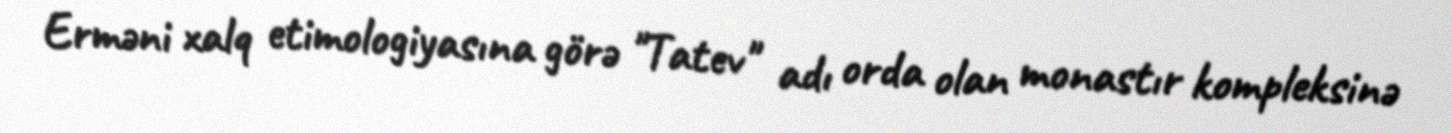
Erməni xalq etimologiyasına görə "Tatev" adı orda olan monastır kompleksinə